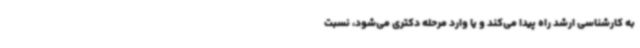
به کارشناسی ارشد راه پیدا می‌کند و یا وارد مرحله دکتری می‌شود، نسبت